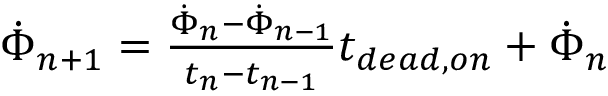
\begin{array} { r } { \dot { \Phi } _ { n + 1 } = \frac { \dot { \Phi } _ { n } - \dot { \Phi } _ { n - 1 } } { t _ { n } - t _ { n - 1 } } t _ { d e a d , o n } + \dot { \Phi } _ { n } } \end{array}